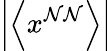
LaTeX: \left|\left<x^{\mathcal{N}\mathcal{N}}\right>\right|